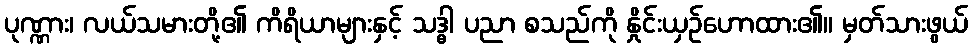
ပုဏ္ဏား၊ လယ်သမားတို့၏ ကိရိယာများနှင့် သဒ္ဓါ ပညာ စသည်ကို နှိုင်းယှဉ်ဟောထား၏။ မှတ်သားဖွယ်